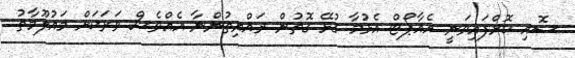
ސޮއި ކޮށްފައިވަނީ އެއާޕޯޓް އެޅުމާ ގުޅޭ ގޮތުން ރައްޔިތުންނާ އެއްވެސް ވަރަކަށް މައުލޫމާތު